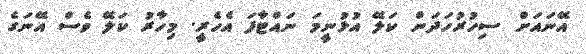
އޭނައަށް ސިހުރުހަދަން ކަލޭ އުޅުނީމަ ނައްޓާފަ އެހެރީ. މިހާރު ކަލޭ ވެސް އޭނަގެ